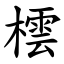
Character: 橒